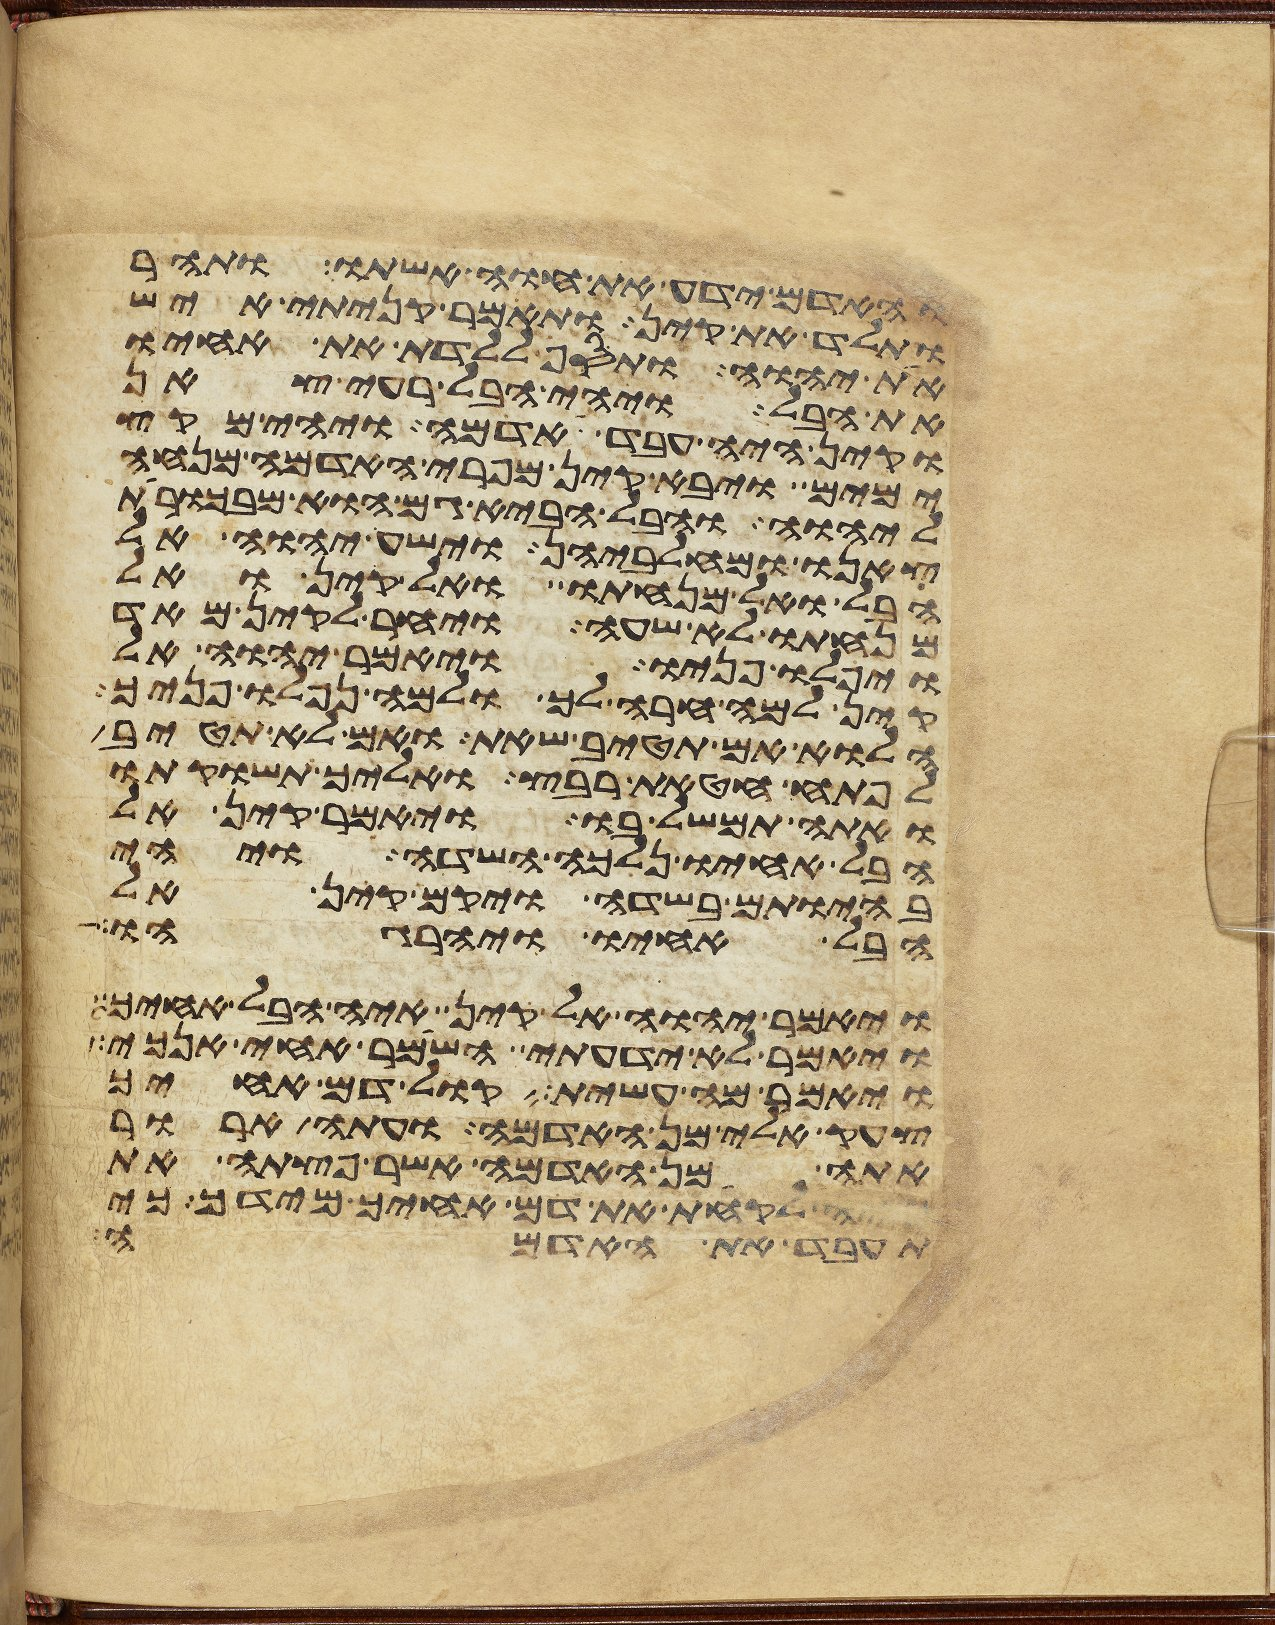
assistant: והאדם ידע את חוה אשתו ותהר
ותלד את קין ותאמר קניתי איש
את יהוה ותסף ללדת את אחיו
את הבל ויהי הבל רעי צאן
וקין היה עבד אדמה ויהי מקץ
ימים ויבא קין מפרי האדמה מנחה
ליהוה והבל הביא גם הוא מבכורות
צאנו ומחלביהן וישע יהוה אל
הבל ואל מנחתו ואל קין ואל
מנחתו לא שעה ויחר לקין מאד
ויפלו פניו ויאמר יהוה אל
קין למה חרה לך ולמה נפלו פניך
הלוא אם תטיב שאת ואם לא תטיב
לפתח חטאת רבץ ואליך תשוקתו
ואתה תמשל בו ויאמר קין אל
הבל אחיו נלכה השדה ויהי
בהיותם בשדה ויקם קין אל
הבל אחיו ויהרגהו
ויאמר יהוה אל קין איה הבל אחיך
ויאמר לא ידעתי השמר אחי אנכי
ויאמר מה עשית קול דם אחיך
צעק אלי מן האדמה ועתה ארור
אתה מן האדמה אשר פצתה את
פיה לקחת את דם אחיך מידך כי
תעבד את האדמה